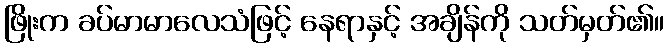
ဖြိုးက ခပ်မာမာလေသံဖြင့် နေရာနှင့် အချိန်ကို သတ်မှတ်၏။